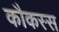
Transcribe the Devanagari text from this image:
कौकस्स